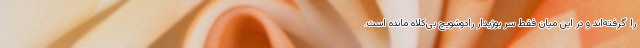
را گرفته‌اند و در این میان فقط سر بوژیدار رادوشویچ بی‌کلاه مانده است.